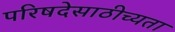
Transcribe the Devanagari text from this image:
परिषदेसाठीच्यता